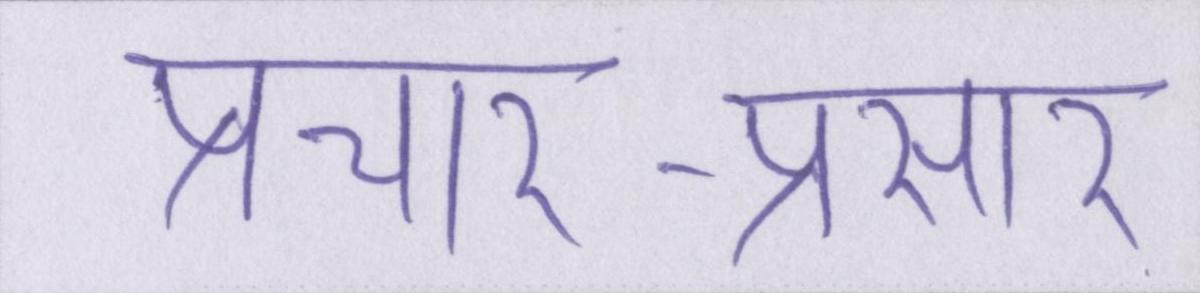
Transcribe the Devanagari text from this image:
प्रचार-प्रसार